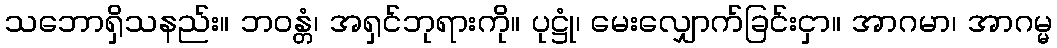
သဘောရှိသနည်း။ ဘဝန္တံ၊ အရှင်ဘုရားကို။ ပုဋ္ဌုံ၊ မေးလျှောက်ခြင်းငှာ။ အာဂမာ၊ အာဂမ္မ